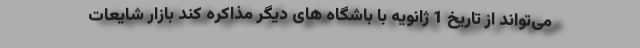
می‌تواند از تاریخ 1 ژانویه با باشگاه های دیگر مذاکره کند بازار شایعات